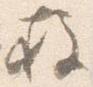
柱